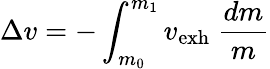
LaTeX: \Delta{v}=-\int_{m_{0}}^{m_{1}}{v_{\mathrm{exh}}\ {\frac{dm}{m}}}